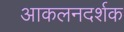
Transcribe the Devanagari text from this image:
आकलनदर्शक